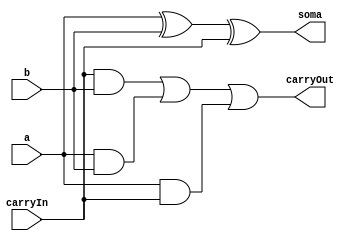
// ---------------
// Exemplo0021 - FULL ADDER
// Nome: Josemar Alves Caetano
// Matrcula: 448662
// Data: 23/08/2012
// ----------------

// ----------------
// AU 01
// ----------------
module au01(output soma, output carryOut, input a, input b, input carryIn);
//Definio dos fios da AU
wire s0, d0, d1, d2;

//Definio das portas operadoradoras aritmticas da AU
xor xor1(s0, a, b);
xor xor2(soma, s0, carryIn);

//Definio da AU
and and1(d0, carryIn, b);
and and2(d1, a, b);
and and3(d2, a, carryIn);
or or1(carryOut, d0, d1, d2);

endmodule //au01

// ----------------
// full adder
// ----------------
module fullAdder(output [2:0]soma, output [2:0]carryOut, 
                 input [2:0]a, input [2:0]b, input carryIn);

au01 a1(soma[0], carryOut[0], a[0], b[0], carryIn);
au01 a2(soma[1], carryOut[1], a[1], b[1], carryIn);
au01 a3(soma[2], carryOut[2], a[2], b[2], carryIn);


endmodule //full adder

// ----------------
// test fullAdder
// ----------------
module test_fullAdder;

// ---------------- Definir dados
reg [2:0]x;
reg [2:0]y;
reg carryIn;
wire [2:0]soma;
wire [2:0]carryOut;

// ---------------- Instncia
 fullAdder modulo(soma, carryOut, x, y, carryIn);
 
// ---------------- Preparao
 initial begin: start
  x = 3'b011; y = 3'b100;
  carryIn = 1'b0;
 end

// ---------------- Parte principal
 initial begin: main
   $display("Exemplo0021 - Josemar Alves Caetano - 448662.");
	$display("Test ALU's full adder");
	
    
    $monitor("%b + %b = %b. Vai-um: %b", x, y, soma, carryOut);

   #1 x = 3'b111; y = 3'b010;   
   #1 carryIn = 1'b1; x = 3'b000; y = 3'b001;
   #1 x = 3'b011; y = 3'b010;
   #1 x = 3'b110; y = 3'b001;
 
 end //main
 
endmodule //test_fullAdder